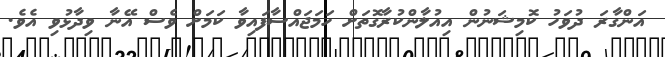
އަންގާރަ ދުވަހު ކޮމިޝަނުން އިއުލާންކުރާގޮތަށް ހަމަޖައްސާފައިވާ ކަމަށް ވެސް އޭނާ ވިދާޅުވި އެވެ.